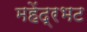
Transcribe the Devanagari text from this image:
महेंद्रभट